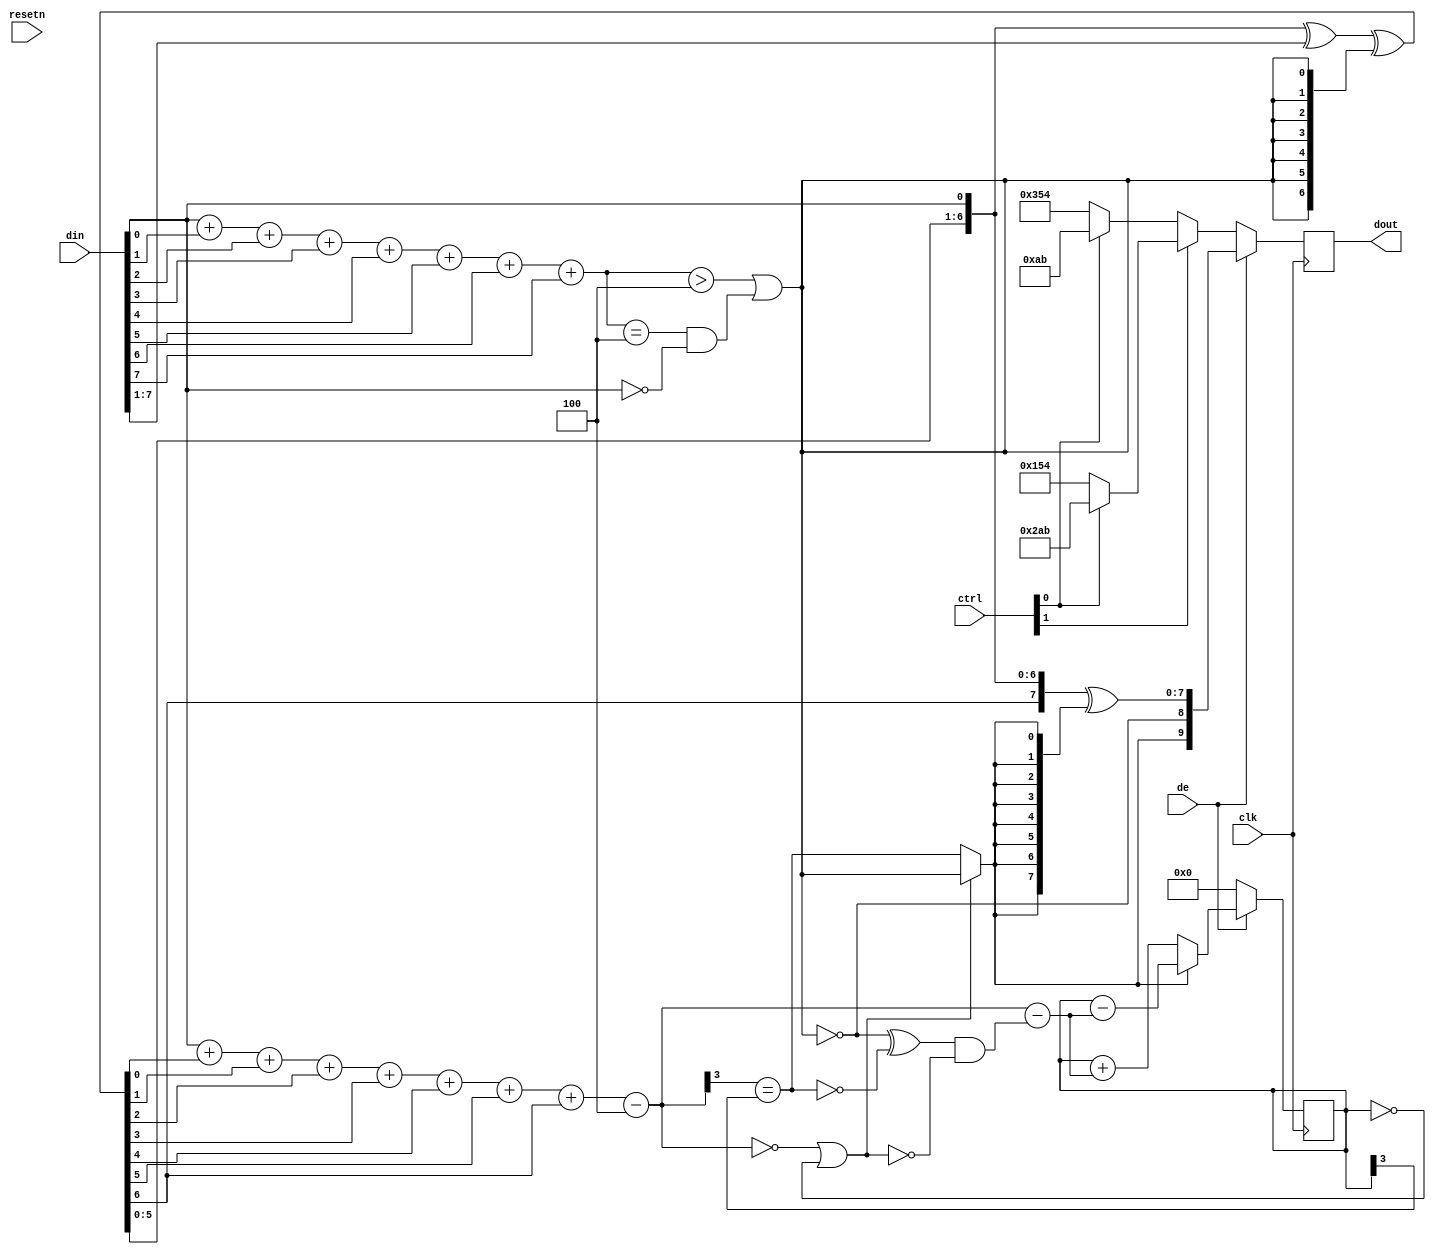
/*
 *  SVO - Simple Video Out FPGA Core
 *
 *  Copyright (C) 2014  Clifford Wolf <clifford@clifford.at>
 *  
 *  Permission to use, copy, modify, and/or distribute this software for any
 *  purpose with or without fee is hereby granted, provided that the above
 *  copyright notice and this permission notice appear in all copies.
 *  
 *  THE SOFTWARE IS PROVIDED "AS IS" AND THE AUTHOR DISCLAIMS ALL WARRANTIES
 *  WITH REGARD TO THIS SOFTWARE INCLUDING ALL IMPLIED WARRANTIES OF
 *  MERCHANTABILITY AND FITNESS. IN NO EVENT SHALL THE AUTHOR BE LIABLE FOR
 *  ANY SPECIAL, DIRECT, INDIRECT, OR CONSEQUENTIAL DAMAGES OR ANY DAMAGES
 *  WHATSOEVER RESULTING FROM LOSS OF USE, DATA OR PROFITS, WHETHER IN AN
 *  ACTION OF CONTRACT, NEGLIGENCE OR OTHER TORTIOUS ACTION, ARISING OUT OF
 *  OR IN CONNECTION WITH THE USE OR PERFORMANCE OF THIS SOFTWARE.
 *
 */

`timescale 1ns / 1ps
//`include "svo_defines.vh"

module svo_tmds(
	input clk, resetn, de,
	input [7:0] din,	// video data (red, green or blue)
	input [1:0] ctrl,	// control data
	output reg [9:0] dout = 0
);

wire [7:0]VD; assign VD = din;
wire [1:0]CD; assign CD = ctrl;
wire VDE; assign VDE = de;

wire [3:0] Nb1s = VD[0] + VD[1] + VD[2] + VD[3] + VD[4] + VD[5] + VD[6] + VD[7];
wire XNOR = (Nb1s>4'd4) || (Nb1s==4'd4 && VD[0]==1'b0);
wire [8:0] q_m = {~XNOR, q_m[6:0] ^ VD[7:1] ^ {7{XNOR}}, VD[0]};

reg [3:0] balance_acc = 0;
wire [3:0] balance = q_m[0] + q_m[1] + q_m[2] + q_m[3] + q_m[4] + q_m[5] + q_m[6] + q_m[7] - 4'd4;
wire balance_sign_eq = (balance[3] == balance_acc[3]);
wire invert_q_m = (balance==0 || balance_acc==0) ? ~q_m[8] : balance_sign_eq;
wire [3:0] balance_acc_inc = balance - ({q_m[8] ^ ~balance_sign_eq} & ~(balance==0 || balance_acc==0));
wire [3:0] balance_acc_new = invert_q_m ? balance_acc-balance_acc_inc : balance_acc+balance_acc_inc;
wire [9:0] TMDS_data = {invert_q_m, q_m[8], q_m[7:0] ^ {8{invert_q_m}}};
wire [9:0] TMDS_code = CD[1] ? (CD[0] ? 10'b1010101011 : 10'b0101010100) : (CD[0] ? 10'b0010101011 : 10'b1101010100);

always @(posedge clk) dout <= VDE ? TMDS_data : TMDS_code;
always @(posedge clk) balance_acc <= VDE ? balance_acc_new : 4'h0;

endmodule

module svo_tmds_org (
	input clk, resetn, de,
	input [1:0] ctrl,
	input [7:0] din,
	output reg [9:0] dout
);
	// Variable and function names below match the spec names for
	// better readability when comparing to spec encoder flow diagram.
	wire [7:0] D = din;

	function [3:0] N1;
		// Count the number of '1' bits.
		input [7:0] bits;
		integer i;
		begin
			N1 = 0;
			for (i = 0; i < 8; i = i+1)
				N1 = N1 + bits[i];
		end
	endfunction

	function [3:0] N0;
		// Count the number of '0' bits.
		input [7:0] bits;
		integer i;
		begin
			N0 = 0;
			for (i = 0; i < 8; i = i+1)
				N0 = N0 + !bits[i];
		end
	endfunction

	reg [9:0] dout_buf2, q_out, q_out_next;
	reg [3:0] N0_q_m, N1_q_m;
	reg signed [7:0] cnt, cnt_next, cnt_tmp;
	reg [8:0] q_m;

	always @(posedge clk) begin
		if (!resetn) begin
			cnt   <= 0; // Data stream disparity count used for DC balance
			q_out <= 0;
		end else if (!de) begin
			cnt   <= 0; // Reset disaprity when not actively displaying
			case (ctrl) // See spec section "Control Period Coding"
				2'b00: q_out <= 10'b1101010100;
				2'b01: q_out <= 10'b0010101011;
				2'b10: q_out <= 10'b0101010100;
				2'b11: q_out <= 10'b1010101011;
			endcase
		end else begin
			// See spec flow diagram in section "Video Data Coding"
			if ((N1(D) > 4) | ((N1(D) == 4) & (D[0] == 0))) begin
				q_m[0] =           D[0];
				q_m[1] = q_m[0] ^~ D[1];
				q_m[2] = q_m[1] ^~ D[2];
				q_m[3] = q_m[2] ^~ D[3];
				q_m[4] = q_m[3] ^~ D[4];
				q_m[5] = q_m[4] ^~ D[5];
				q_m[6] = q_m[5] ^~ D[6];
				q_m[7] = q_m[6] ^~ D[7];
				q_m[8] = 1'b0;
			end
			else begin
				q_m[0] =          D[0];
				q_m[1] = q_m[0] ^ D[1];
				q_m[2] = q_m[1] ^ D[2];
				q_m[3] = q_m[2] ^ D[3];
				q_m[4] = q_m[3] ^ D[4];
				q_m[5] = q_m[4] ^ D[5];
				q_m[6] = q_m[5] ^ D[6];
				q_m[7] = q_m[6] ^ D[7];
				q_m[8] = 1'b1;
			end

			N0_q_m = N0(q_m[7:0]);
			N1_q_m = N1(q_m[7:0]);

			if ((cnt == 0) | (N1_q_m == N0_q_m)) begin
				q_out_next[9]    = ~q_m[8];
				q_out_next[8]    =  q_m[8];
				q_out_next[7:0]  = (q_m[8] ? q_m[7:0] : ~q_m[7:0]);
				if (q_m[8] == 0) begin
					cnt_next = cnt + (N0_q_m - N1_q_m);
				end else begin
					cnt_next = cnt + (N1_q_m - N0_q_m);
				end
			end else if (((cnt > 0) & (N1_q_m > N0_q_m)) | (((cnt < 0) & (N0_q_m > N1_q_m)))) begin
				q_out_next[9]    =  1'b1;
				q_out_next[8]    =  q_m[8];
				q_out_next[7:0]  = ~q_m[7:0];
				cnt_tmp          = cnt + (N0_q_m - N1_q_m);
				if (q_m[8]) begin
					cnt_next = cnt_tmp + 2'h2;
				end else begin
					cnt_next = cnt_tmp;
				end
			end else begin
				q_out_next[9]    =  1'b0;
				q_out_next[8]    =  q_m[8];
				q_out_next[7:0]  =  q_m[7:0];
				cnt_tmp          = cnt + (N1_q_m - N0_q_m);
				if (q_m[8]) begin
					cnt_next = cnt_tmp;
				end else begin
					cnt_next = cnt_tmp - 2'h2;
				end
			end
			cnt   <= cnt_next;
			q_out <= q_out_next;
		end

		// add two additional ff stages, give synthesis retime some slack to work with
		dout_buf2 <= q_out;
		dout <= dout_buf2;
	end
endmodule